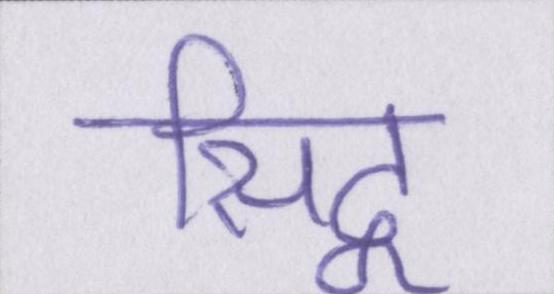
सिद्व